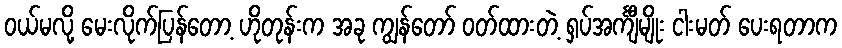
ဝယ်မလို့ မေးလိုက်ပြန်တော့ ဟိုတုန်းက အခု ကျွန်တော် ဝတ်ထားတဲ့ ရှပ်အင်္ကျီမျိုး ငါးမတ် ပေးရတာက